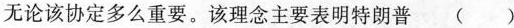
无论该协定多么重要。该理念主要表明特朗普 ( )